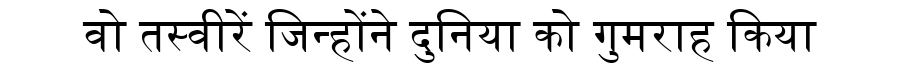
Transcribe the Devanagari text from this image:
वो तस्वीरें जिन्होंने दुनिया को गुमराह किया